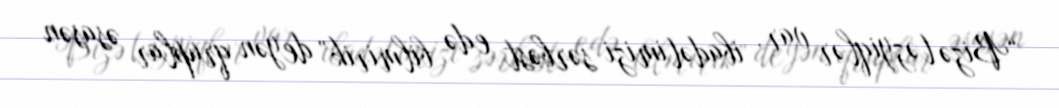
“Bizə təzyiqlər var, ibadətimizi sərbəst edə bilmirik” deyən qruplar əsasən